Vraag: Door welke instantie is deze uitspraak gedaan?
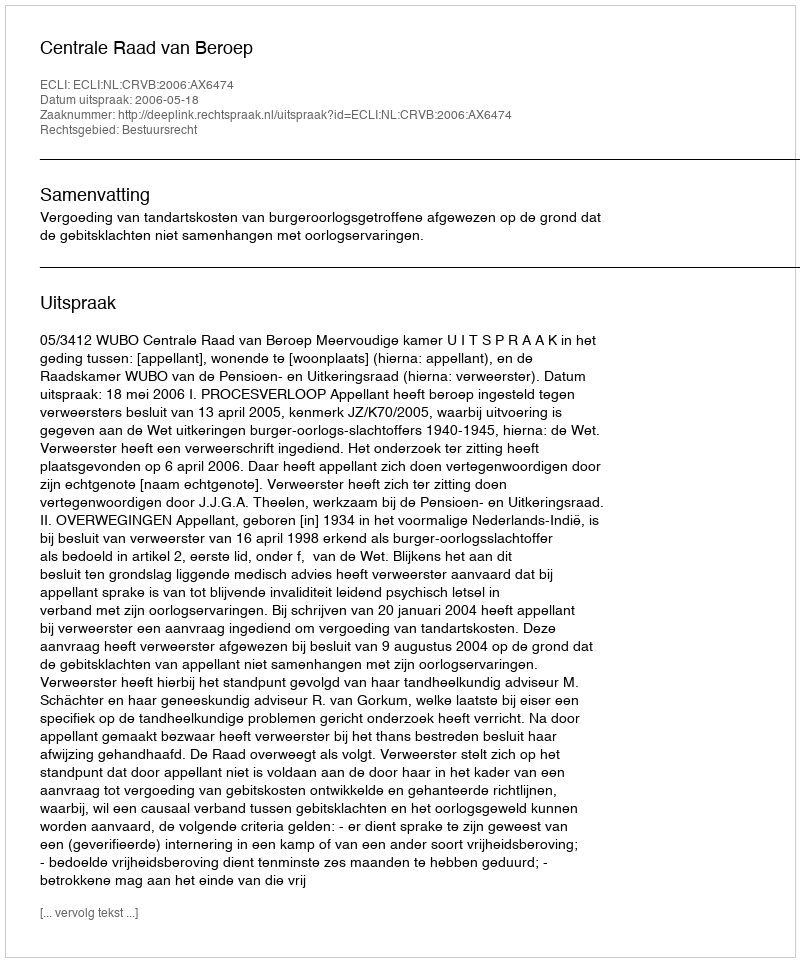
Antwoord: Centrale Raad van Beroep